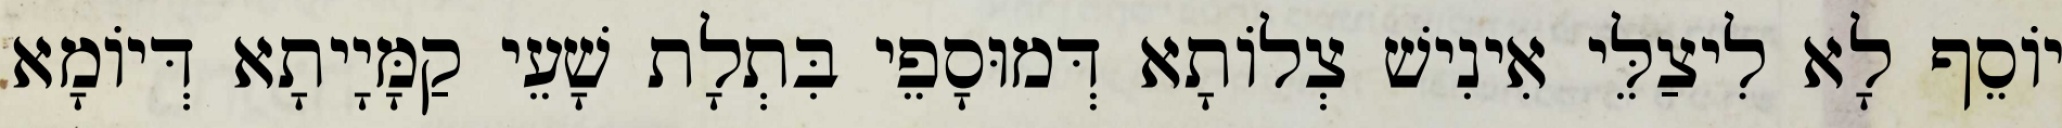
יוֹסֵף לָא לִיצַלֵּי אִינִישׁ צְלוֹתָא דְּמוּסָפֵי בִּתְלָת שָׁעֵי קַמָּיָיתָא דְּיוֹמָא